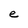
Character: e